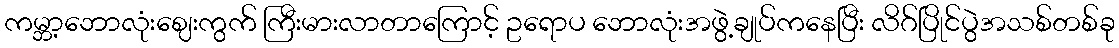
ကမ္ဘာ့ဘောလုံးဈေးကွက် ကြီးမားလာတာကြောင့် ဥရောပ ဘောလုံးအဖွဲ့ချုပ်ကနေပြီး လိဂ်ပြိုင်ပွဲအသစ်တစ်ခု